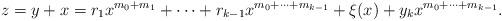
LaTeX: \begin{align*}z=y+x=r_1x^{m_0+m_1}+\dots+r_{k-1}x^{m_0+\dots +m_{k-1}}+\xi(x)+y_k x^{m_0+\dots +m_{k-1}}.\end{align*}